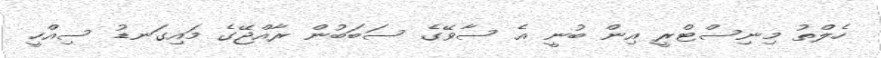
ހެލްތު މިނިސްޓްރީ އިން ބުނީ އެ ސާވޭގެ ސަބަބުން ރާއްޖޭގެ މައިގަނޑު ސިއްހީ